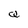
Character: Q